Vaccination in Bombay 1924-1928 - 1924-1928
Year: 1924
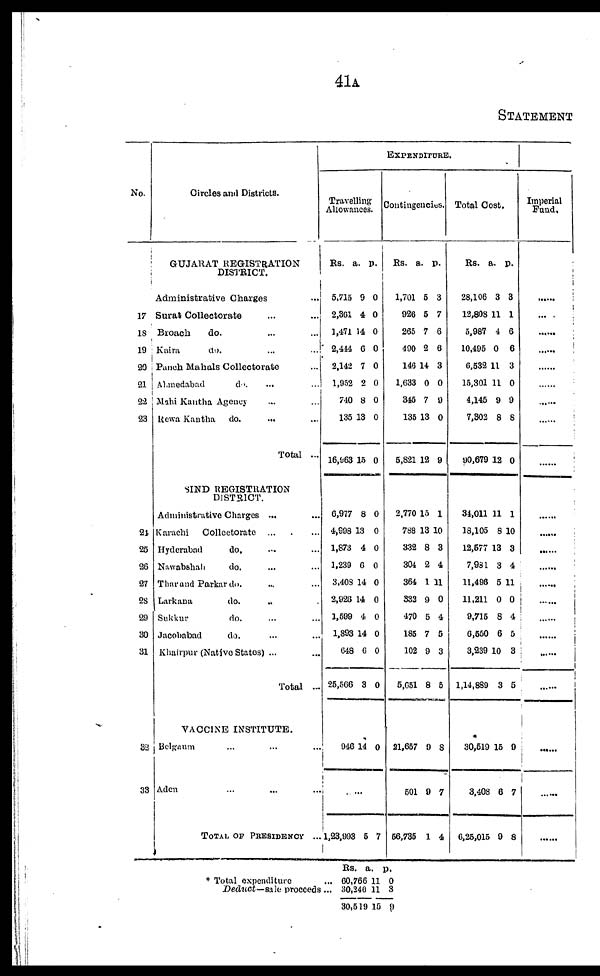
41A
STATEMENT
No.
17
18
19
20
21
22
23
24
25
26
27
28
29
30
31
32
33
Circles and Districts.
GUJARAT REGISTRATION
DISTRICT.
Administrative Charges ...
Surat Collectorate ... ...
Broach
do. ... ...
Kaira
do . ... ...
Punch Mahals Collectorate ...
Ahmedabad
do. ... ...
Mahi Kantha Agency ... ...
Rewa Kantha
do. ... ...
Total ...
SIND REGISTRATION
DISTRICT.
Administrative Charges ... ...
Karachi
Collectorate
... ...
Hyderabad
do. ... ...
Nawabshah
do. ... ...
Thar and Parkar do. ... ...
Larkana
do. ... ...
Sukkur
do. ... ...
Jacobabad
do. ... ...
Khairpur (Native States) ... ...
Total
...
VACCINE INSTITUTE.
Belgaum ... ... ...
Aden ... ... ...
TOTAL OF PRESIDENCY ...
EXPENDITURE.
Travelling
Allowances.
Rs.
5,715
2,361
1,471
2,444
2,142
1,952
740
135
16,963
a.
9
4
14
6
7
2
8
13
15
p.
0
0
0
0
0
0
0
0
0
6,977
4,998
1,873
1,239
3,408
2,926
1,599
1,893
648
25,566
8
13
4
6
14
14
4
144
6
3
0
0
0
0
0
0
0
0
0
0
946 14 0
......
1,23,993 5 7
Contingencies.
Rs.
1,701
926
265
490
146
1,633
345
135
5,821
a.
5
5
7
2
14
0
7
13
12
p.
3
7
6
6
3
0
9
0
9
2,770
788
332
304
364
332
470
185
102
5,651
15
13
8
2
1
9
5
7
9
8
1
10
3
4
11
0
4
5
3
5
21,657
501
56,735
9
9
1
8
7
4
Total Cost.
Rs.
28,106
12,808
5,987
10,495
6,532
15,301
4,145
7,302
90,679
a.
3
11
4
0
11
11
9
8
12
p.
3
1
6
6
3
0
9
8
0
34,011
18,105
12,577
7,981
11,496
11,211
9,715
6,550
3,239
1,14,889
11
8
13
3
5
0
8
6
10
3
1
10
3
4
11
0
4
5
3
5
*
30,519
3,408
6,25,015
15
6
9
9
7
8
Imperial
Fund.
......
......
......
......
......
......
......
......
......
......
......
......
......
......
......
......
......
......
......
......
......
......
* Total expenditure ...
Deduct—sale
proceeds...
Rs.
60,766
30,246
30,519
a.
11
11
15
p.
0
3
9